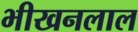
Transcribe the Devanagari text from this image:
भीखनलाल